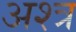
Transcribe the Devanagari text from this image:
अश्त्र